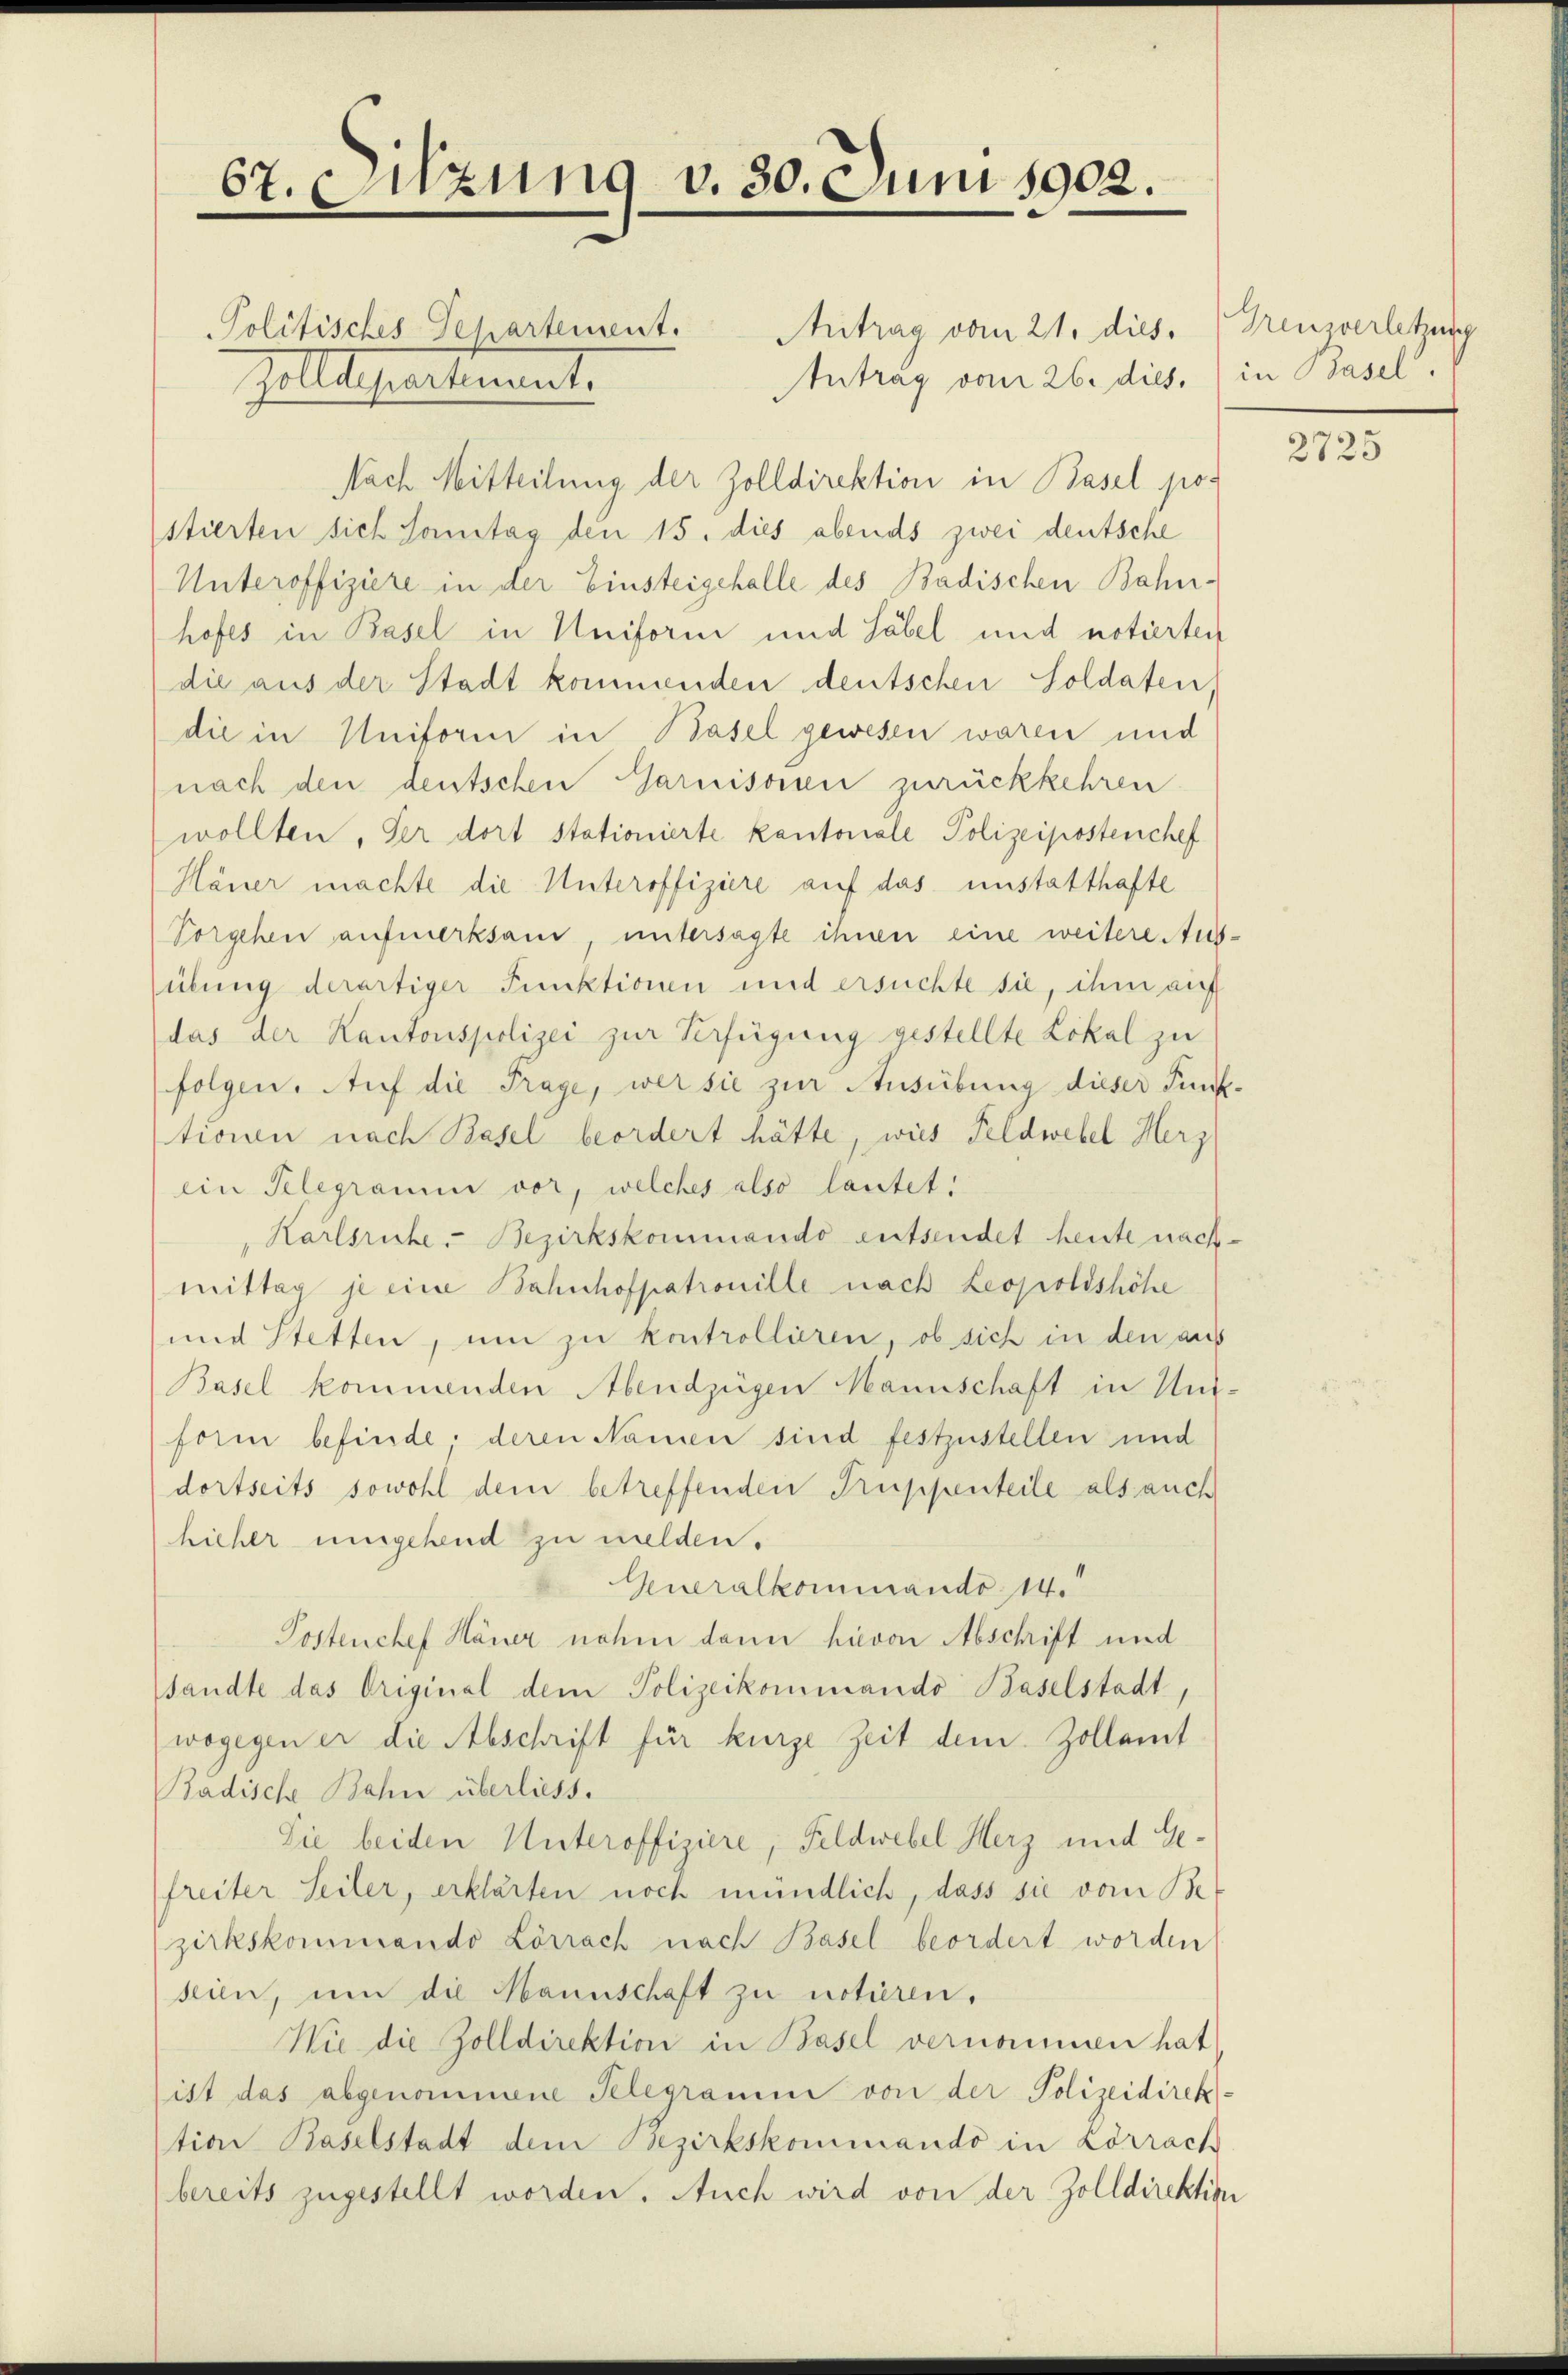
67. Eugung v. 30. Juni 1902.

Politisches Gehartement. Antrag vom 21. dies. Grenzverletzung
Antrag vom 26. dies. in Basel.
Polldepartement.
Nach Mitteilung der Zolldirektion in Basel pos
stierten sich Sonntag den 15. dies abends zwei deutsche
Unteroffiziere in der Einsteigehalle des Badischen Bahn-
hofes in Basel in Uniform und Säbel und notierten
die aus der Stadt kommenden deutschen Soldaten
die in Uniform in Basel gewesen waren und
nach den deutschen Garnisonen zurückkehren.
wollten, der dort stationierte kantonale Polizeipostenchef
Häuer machte die Unteroffiziere auf das unstatthafte
Vorgehen aufmerksam untersagte ihnen eine weitere Aus-
übung derartiger Funktionen und ersuchte sie, ihm auf
das der Kantonspolizei zur Verfügung gestellte Lokal zu
folgen. Auf die Frage, wer sie zur Ausübung dieser Punktionen nach Basel beordert hätte, wies Feldwebel Herz,
ein Telegramm vor, welches also lautet:
Karlsruhe. Bezirkskommando entsendet heute nachmittag je eine Bahnhofpatrouille nach Leopoldshöhe
und Stetten, um zu kontrollieren, ob sich in den aus
Basel kommenden Abendzügen Mannschaft in Unform befinde, deren Namen sind festzustellen und
dortseits sowohl dem betreffenden Truppenteile als auch
hieher umgehend zu melden.
Generalkommando 14.
Postenchef Hauer nahm dann hievon Abschrift und
sandte das Original dem Polizeikommando Baselstadt,
wogegen er die Abschrift für kurze Zeit dem Zollamt
Badische Bahn überliess.
Sie beiden Unteroffiziere, Feldwebel Herz und Gefreiter Seiler, erklärten noch mündlich, dass sie vom Bezirkskommando Lörrach nach Basel beordert worden
seien, um die Mannschaft zu notiren.
Wie die Zolldirektion in Basel vernommen hat
ist das abgenommene Telegramm von der Polizeidirektion Baselstadt dem Bezirkskommando in Lörrach
bereits zugestellt worden. Auch wird von der Zolldirektion

2725